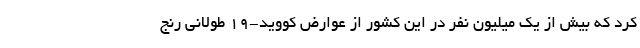
کرد که بیش از یک میلیون نفر در این کشور از عوارض کووید-۱۹ طولانی رنج